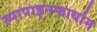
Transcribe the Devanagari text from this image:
स्पापाइनफार्याम